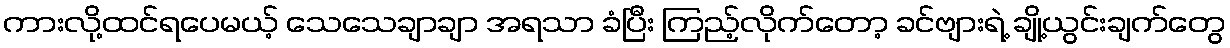
ကားလို့ထင်ရပေမယ့် သေသေချာချာ အရသာ ခံပြီး ကြည့်လိုက်တော့ ခင်ဗျားရဲ့ ချို့ယွင်းချက်တွေ